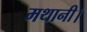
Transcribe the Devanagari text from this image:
मथानी।